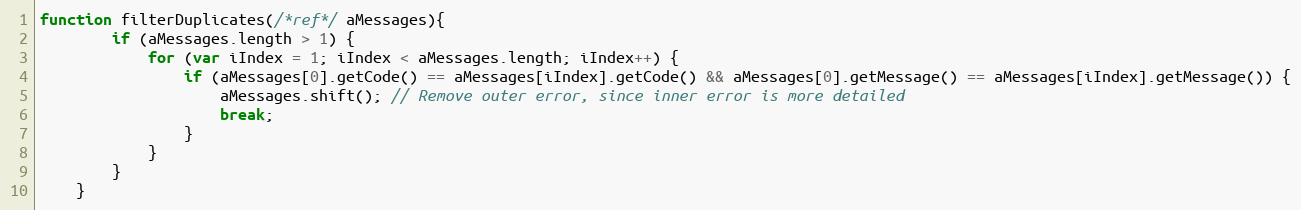
Language: JavaScript
function filterDuplicates(/*ref*/ aMessages){
		if (aMessages.length > 1) {
			for (var iIndex = 1; iIndex < aMessages.length; iIndex++) {
				if (aMessages[0].getCode() == aMessages[iIndex].getCode() && aMessages[0].getMessage() == aMessages[iIndex].getMessage()) {
					aMessages.shift(); // Remove outer error, since inner error is more detailed
					break;
				}
			}
		}
	}